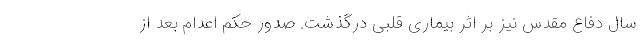
سال دفاع مقدس نیز بر اثر بیماری قلبی درگذشت. صدور حکم اعدام بعد از